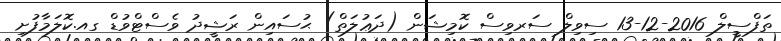
ތަފްސީލް 2016-12-13 ސިވިލް ސަރވިސް ކޮމިޝަން (ދަޢުލަތް) ޙުސައިން ރަޝީދު ވެސްޓްވުޑް ގއ.ކޮލަމާފުށި